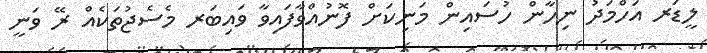
ލީޑަރ އަހްމަދު ނިހާން ހުސައިން މަނިކަށް ފޮނުއްވާފައިވާ ވައިބަރ މެސެޖުތަކެއް ރޭ ވަނީ